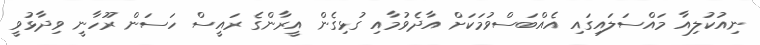
ނިއުކުލިއާ މައްސަލައިގައި އެއްބަސްވުމަކަށް އާދެވުމާއި ގުޅިގެން އީރާންގެ ރައީސް ހަސަން ރޫހާނީ ވިދާޅުވީ